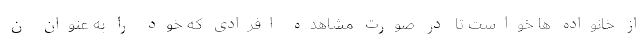
از خانواده ها خواست تا در صورت مشاهده افرادی که خود را به عنوان ن